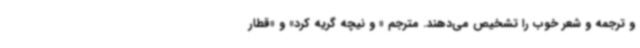
و ترجمه و شعر خوب را تشخیص می‌دهند. مترجم « و نیچه گریه کرد» و «قطار